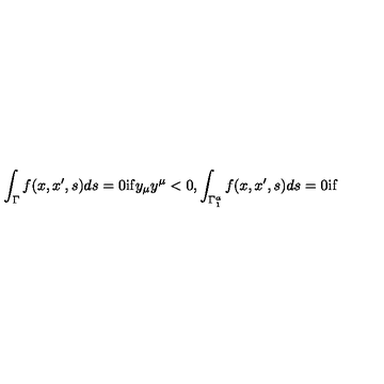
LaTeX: \int _ { \Gamma } f ( x , x ^ { \prime } , s ) d s = 0 \mathrm { i f } y _ { \mu } y ^ { \mu } < 0 , \int _ { \Gamma _ { 1 } ^ { a } } f ( x , x ^ { \prime } , s ) d s = 0 \mathrm { i f }